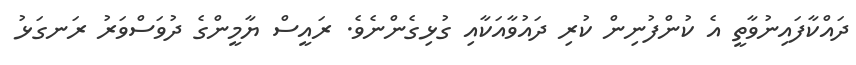
ދައްކާފައިނުވާތީ އެ ކުންފުނިން ކުރި ދައުވާއަކާއި ގުޅިގެންނެވެ. ރައީސް ޔާމީންގެ ދުވަސްވަރު ރަނގަޅު